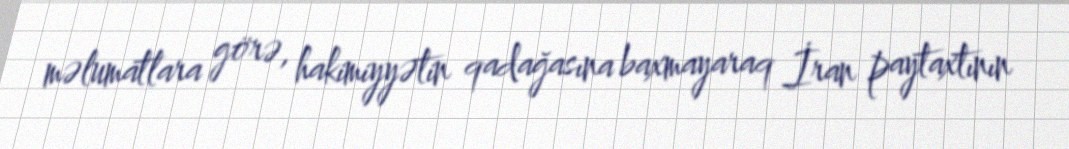
məlumatlara görə, hakimiyyətin qadağasına baxmayaraq İran paytaxtının